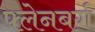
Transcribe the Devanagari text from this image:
फ्लेनबर्ग